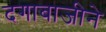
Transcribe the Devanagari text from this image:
दगाबाजीने